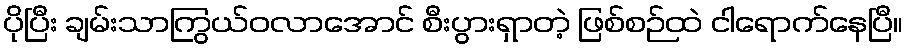
ပိုပြီး ချမ်းသာကြွယ်ဝလာအောင် စီးပွားရှာတဲ့ ဖြစ်စဉ်ထဲ ငါရောက်နေပြီ။